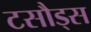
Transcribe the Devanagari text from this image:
टसौड्स